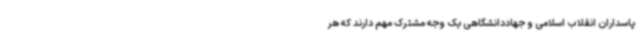
پاسداران انقلاب اسلامی و جهاددانشگاهی یک وجه مشترک مهم دارند که هر